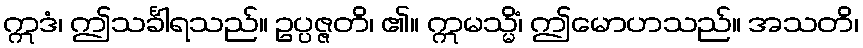
ဣဒံ၊ ဤသင်္ခါရသည်။ ဥပ္ပဇ္ဇတိ၊ ၏။ ဣမသ္မိံ၊ ဤမောဟသည်။ အသတိ၊